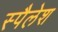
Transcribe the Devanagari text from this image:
स्पैलेश